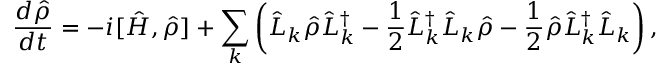
\frac { d \hat { \rho } } { d t } = - i [ \hat { H } , \hat { \rho } ] + \sum _ { k } \left( \hat { L } _ { k } \hat { \rho } \hat { L } _ { k } ^ { \dagger } - \frac { 1 } { 2 } \hat { L } _ { k } ^ { \dagger } \hat { L } _ { k } \hat { \rho } - \frac { 1 } { 2 } \hat { \rho } \hat { L } _ { k } ^ { \dagger } \hat { L } _ { k } \right) ,